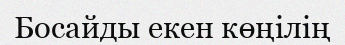
Босайды екен көңілің